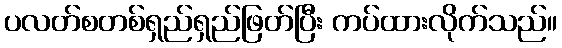
ပလတ်စတစ်ရှည်ရှည်ဖြတ်ပြီး ကပ်ထားလိုက်သည်။